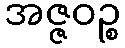
အဇ္ဇဝဉ္စ